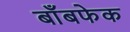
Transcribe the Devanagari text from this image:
बाँबफेक